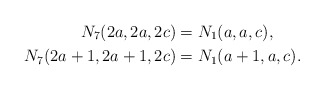
\begin{align*} N_7(2a,2a,2c)&=N_1(a,a,c),\\N_7(2a+1,2a+1,2c)&=N_1(a+1,a,c).\end{align*}